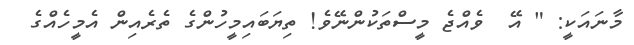
މާނައަކީ: " އޭ  ވެއްޖެ މީސްތަކުންނޭވެ! ތިޔަބައިމީހުންގެ ތެރެއިން އެމީހެއްގެ